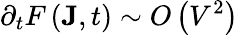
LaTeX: \partial_{t}F\left(\mathbf{J},t\right)\sim O\left(V^{2}\right)